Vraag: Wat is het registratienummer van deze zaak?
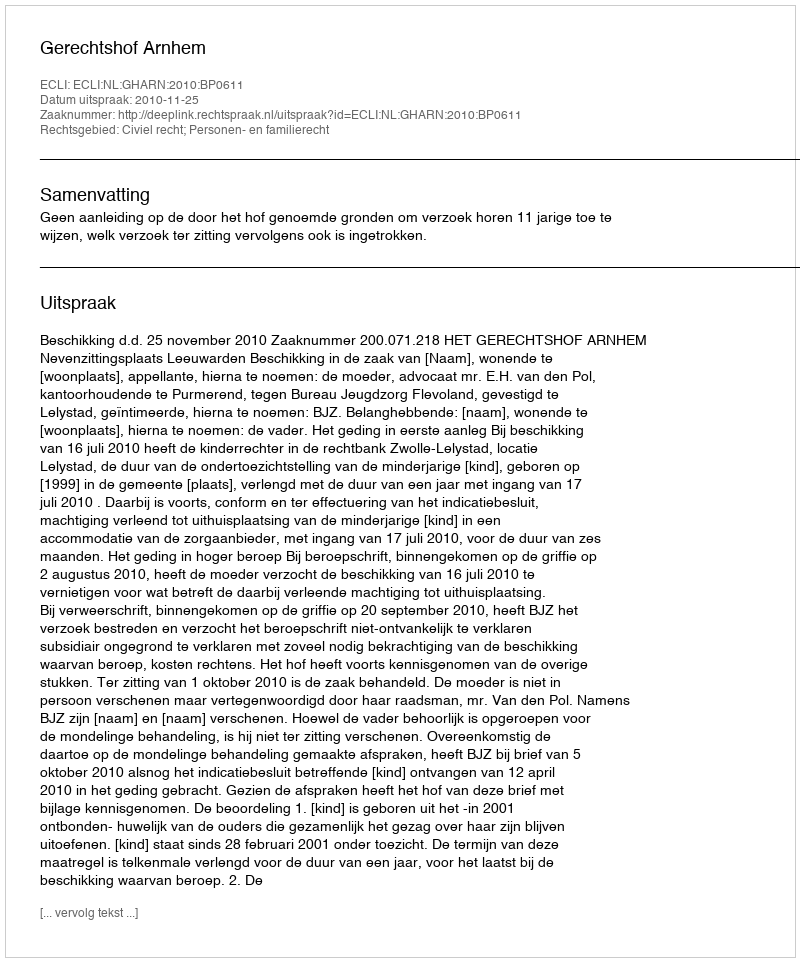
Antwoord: http://deeplink.rechtspraak.nl/uitspraak?id=ECLI:NL:GHARN:2010:BP0611